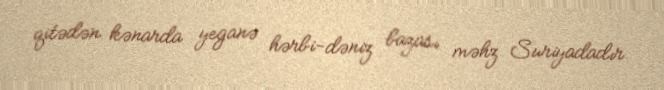
qitədən kənarda yeganə hərbi-dəniz bazası məhz Suriyadadır.